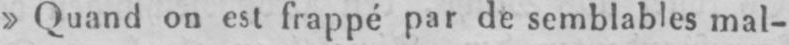
»Quand on est frappé par de semblables mal-